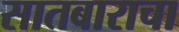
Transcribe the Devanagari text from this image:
सातबाराचा